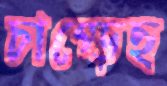
চাপ্‌ড়েছ